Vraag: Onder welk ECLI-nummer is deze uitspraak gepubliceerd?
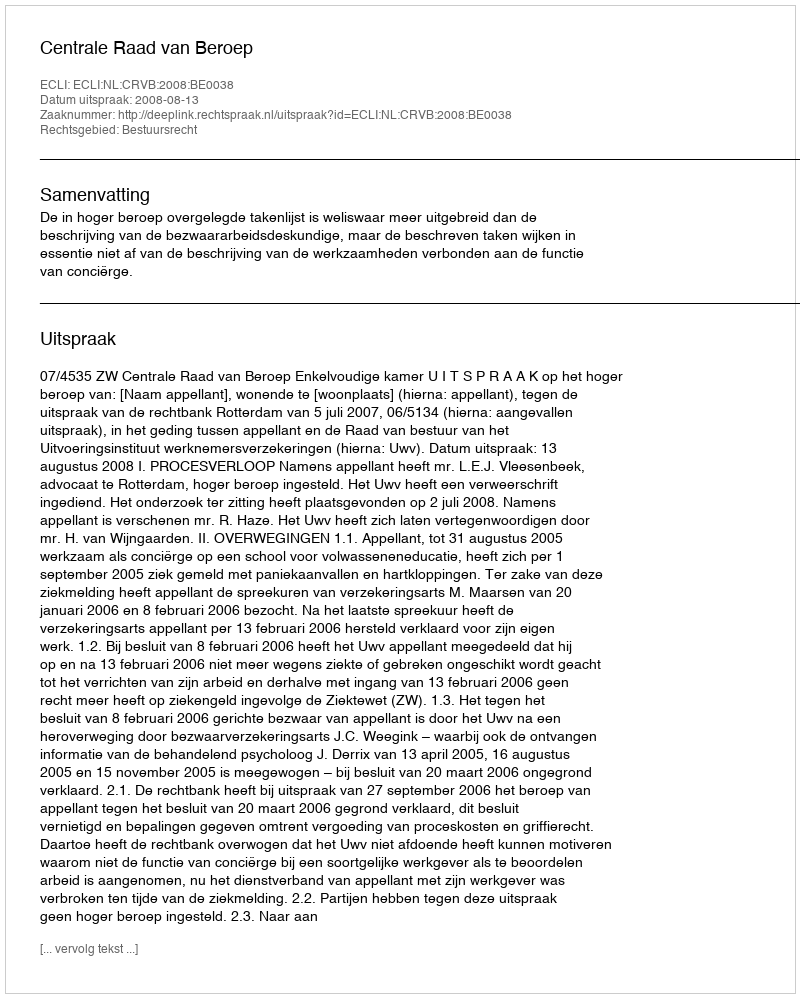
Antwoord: ECLI:NL:CRVB:2008:BE0038